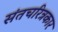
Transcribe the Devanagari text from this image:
संतचरित्रकार